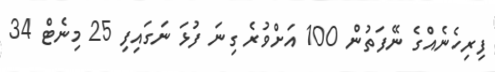
ފިރިހެނެއްގެ ނޭފަތުން 100 އަށްވުރެ ގިނަ ފުޅަ ނަގައިފި 25 މިނެޓް 34